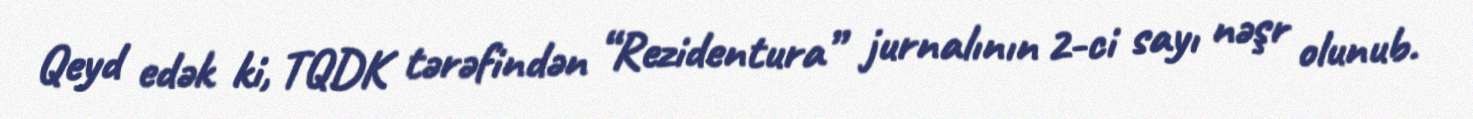
Qeyd edək ki, TQDK tərəfindən “Rezidentura” jurnalının 2-ci sayı nəşr olunub.